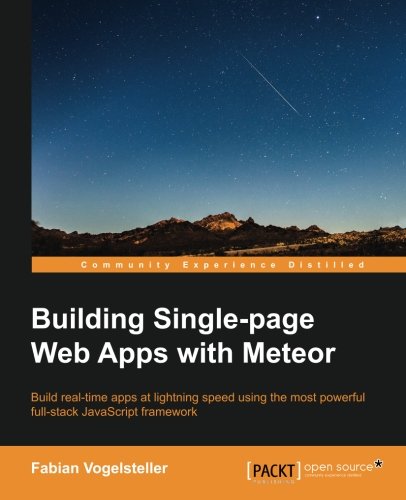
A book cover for Building Single-page Web Apps with Meteor; Fabian Vogelsteller; Computers & Technology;